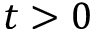
t > 0